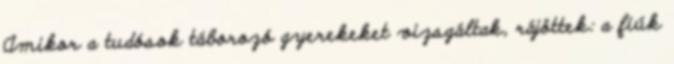
Amikor a tudósok táborozó gyerekeket vizsgáltak, rájöttek: a fiúk